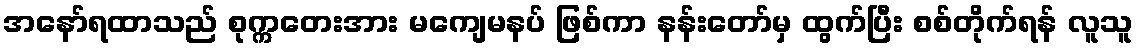
အနော်ရထာသည် စုက္ကတေးအား မကျေမနပ် ဖြစ်ကာ နန်းတော်မှ ထွက်ပြီး စစ်တိုက်ရန် လူသူ